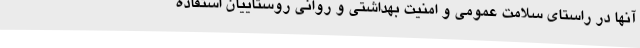
آنها در راستای سلامت عمومی و امنیت بهداشتی و روانی روستاییان استفاده